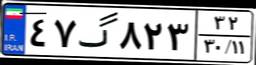
۴۷گ۸۲۳۳۲